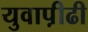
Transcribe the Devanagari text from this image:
युवाप़ीढी